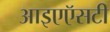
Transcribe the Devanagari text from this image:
आइएऍसटी